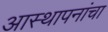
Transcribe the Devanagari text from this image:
आस्थापनांचा